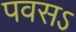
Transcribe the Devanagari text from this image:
पवसऽ